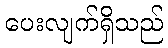
ပေးလျက်ရှိသည်